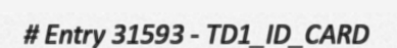
# Entry 31593 - TD1_ID_CARD